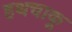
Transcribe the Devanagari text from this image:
हथचाकू